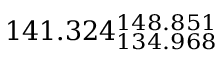
1 4 1 . 3 2 4 _ { 1 3 4 . 9 6 8 } ^ { 1 4 8 . 8 5 1 }